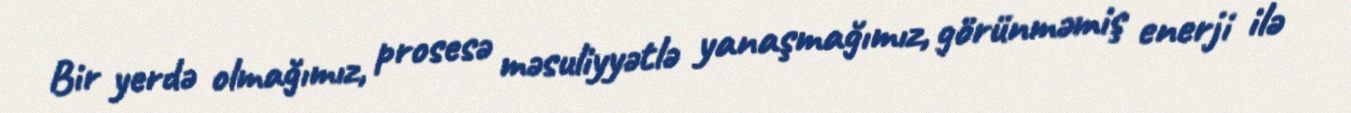
Bir yerdə olmağımız, prosesə məsuliyyətlə yanaşmağımız, görünməmiş enerji ilə